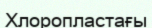
Хлоропластағы